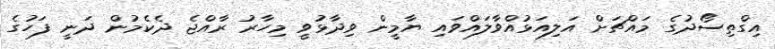
އިގްތިސޯދުގެ މައްޗަށް އަލިއަޅުއްވާލައްވައި ޔާމީން ވިދާޅުވީ މިހާރު ރާއްޖެ ދެކެމުން ދަނީ ފަހުގެ